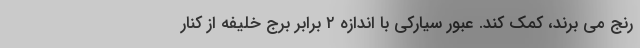
رنج می برند، کمک کند. عبور سیارکی با اندازه ۲ برابر برج خلیفه از کنار